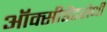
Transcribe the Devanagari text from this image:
ऑक्सीडेंटरोधी